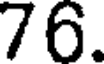
76.